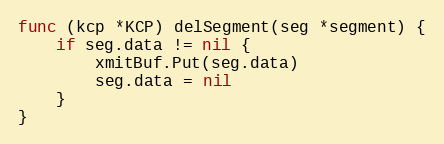
Language: Go
func (kcp *KCP) delSegment(seg *segment) {
	if seg.data != nil {
		xmitBuf.Put(seg.data)
		seg.data = nil
	}
}